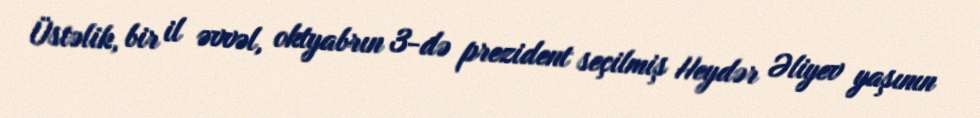
Üstəlik, bir il əvvəl, oktyabrın 3-də prezident seçilmiş Heydər Əliyev yaşının